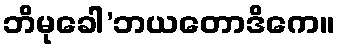
ဘိမုခေါ’ဘယတောဒိကေ။